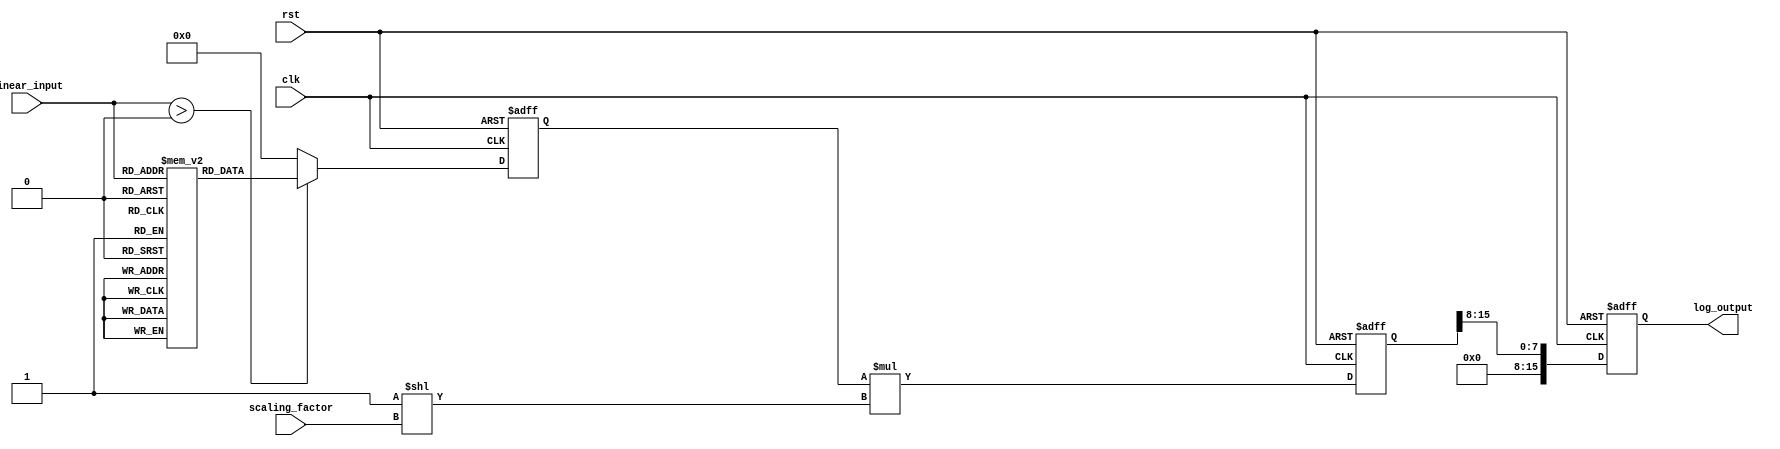
module LogarithmicScalingCircuit (
    input wire clk,
    input wire rst,
    input wire [7:0] linear_input,   // 8-bit positive input (0 to 255)
    input wire [3:0] scaling_factor,  // 4-bit scaling factor for output
    output reg [15:0] log_output      // 16-bit output for logarithmic value
);

    // Lookup table for logarithm base 10 values for inputs 1-255
    reg [15:0] log_lookup [0:255];
    initial begin
        log_lookup[0]  = 16'd0;    // log(0) is undefined; set to 0
        log_lookup[1]  = 16'd0;    // log(1) = 0
        log_lookup[2]  = 16'd301;  // log(2) * 100 (base 10)
        log_lookup[3]  = 16'd477;  // log(3) * 100 (base 10)
        // Continue filling the log_lookup table with appropriate values...
        // For example:
        log_lookup[4]  = 16'd602;  // log(4) * 100 (base 10)
        // Fill in values up to log(255)
        log_lookup[255] = 16'd508;  // log(255) * 100 (base 10)
    end

    // Internal signals for intermediate calculations
    reg [15:0] log_value;
    reg [15:0] scaled_value;

    always @(posedge clk or posedge rst) begin
        if (rst) begin
            log_output <= 16'b0; // reset output
            log_value <= 16'b0;  // reset intermediate log value
            scaled_value <= 16'b0; // reset scaled value
        end else begin
            // Logarithmic conversion
            if (linear_input > 0) begin
                log_value <= log_lookup[linear_input];
            end else begin
                log_value <= 16'b0; // Handle log(0)
            end
            
            // Scaling operation
            scaled_value <= log_value * (1 << scaling_factor); // Scaling
            log_output <= scaled_value >> 8; // Adjust for fixed-point scaling
        end
    end

endmodule